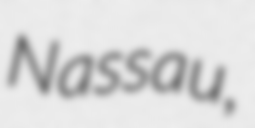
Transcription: Nassau,